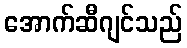
အောက်ဆီဂျင်သည်